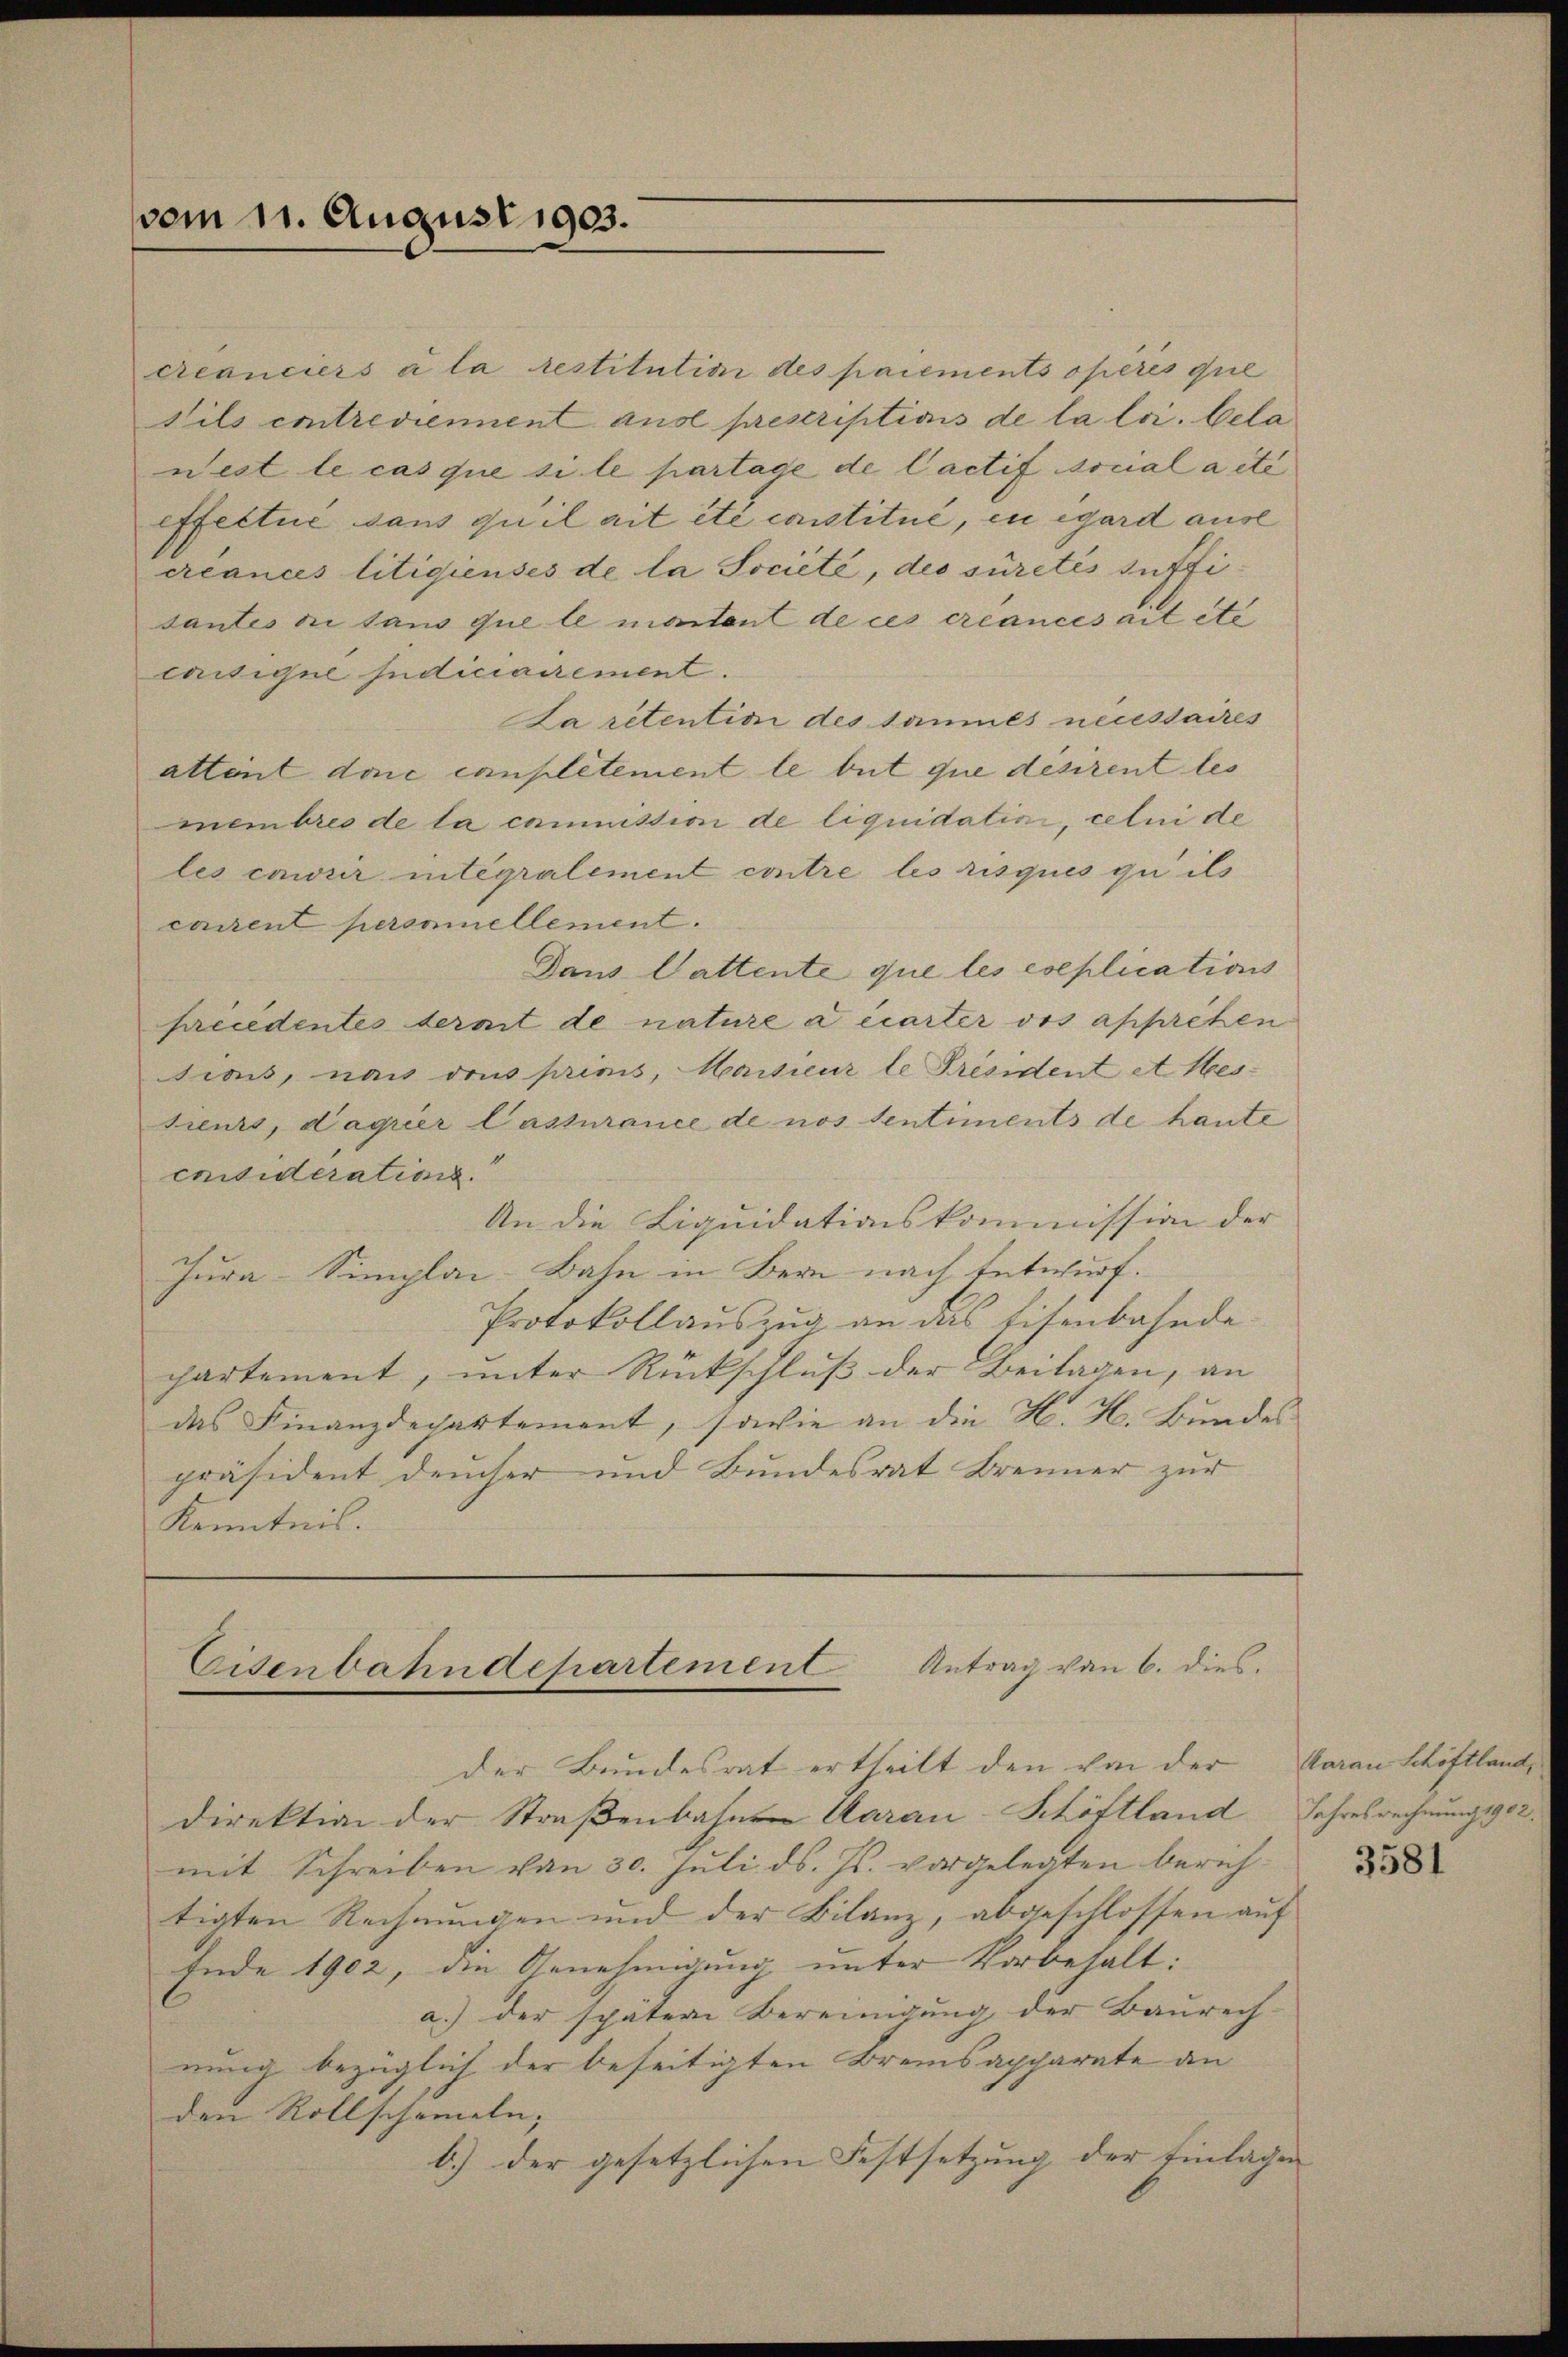
vom 11. August 1903.

ccanciers a la restitution des paiements opérés que
Sils contreviennent aus prescriptions de la loi. bela
nest le cas que si le partage de Cactif social a ité
effectue sans qu’il ait été constitué, en égard ause
ccances litigieuses de la Société, des sûretés suffisantes ni sans que le montent de ces créances ait été
cassigne Indiciairement.
La retention des tannes neuessaires
attent done complétement le tut que desirent les
membres de la commission de liquidatini, celui de
les cawir intégralement contre les risques gu ils
caszent personellement.
Daus Cattente que les eseplications
sicedentes termit de nature a carter dos appreten
Frais, nach dans primis, Marticur le Président et Messieurs, dagrier Cassurance de nos tentiments de haute
cnisiderations.
An die Liquidationskommission der
Jura-Simplai-Bahn in Bern nach Entwurf.
Protokollauszug an das Eisenbahnde
partement, unter Rückschluß der Beilagen, an
das Finanzdepartement, sowie an die K. H. Bundes
präsident Deucher und Bundesrat Brenner zur
Kenntnis.

Eisenbahndepartement Antrag von 6. dies

der Bundesrat ertheilt den von der
direktion der Straßenbahn Aarau Schöftland Jahresrechnung 1902.
mit Schreiben von 30. Juli d. Js. vorgelegten berichtigten Rechnungen und der Bilanz, abgeschlossen auf
Ende 1902, die Genehmigung unter Vorbehalt:
a.) der später Bereinigung der Baurech-
nung bezüglich der beseitigten Bremsapparate an
den Rollschameln; |
b.) der gesetzlichen Festsetzung der Einlagen |

Aarau Schöftland,

3581